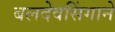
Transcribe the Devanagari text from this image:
बलदेवसिंगाने